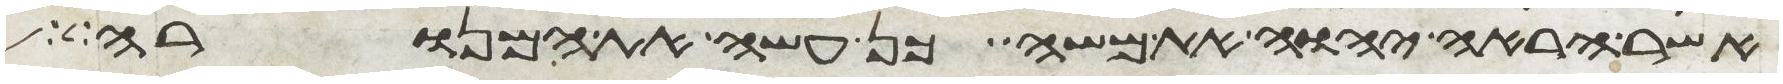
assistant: אשר הראה יהוה את משה כן עשה את המנורה